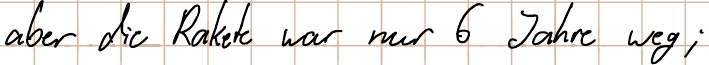
aber die Rakete war nur 6 Jahre weg;